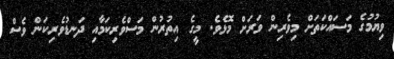
ވިޔުމުގެ މަސައްކަތަށް މިވެރިން ވަރަށް މޮޅެވެ. މީގެ އިތުރުން މަސްވެރިކަމާއި ދަނޑުވެރިކަން ވެސް